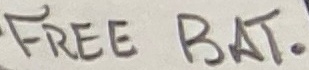
Text: FREE BAT.